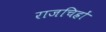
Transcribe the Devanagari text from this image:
राजचिह्रों